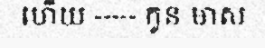
ហើយ ----- កូន មាស